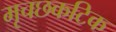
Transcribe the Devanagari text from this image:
मृचछकटिक